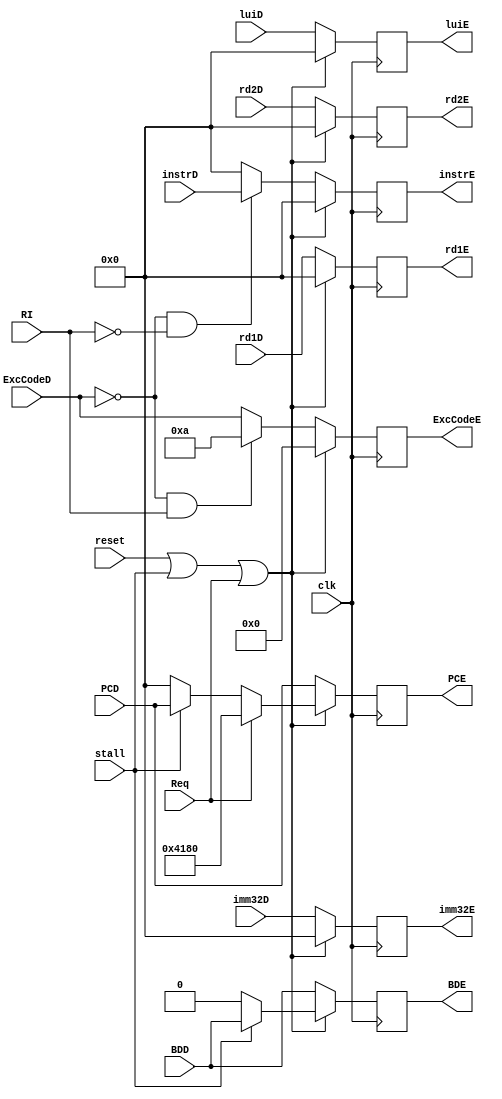
`timescale 1ns / 1ps
//////////////////////////////////////////////////////////////////////////////////
// Company: 
// Engineer: 
// 
// Design Name: 
// Module Name:    E 
// Project Name: 
// Target Devices: 
// Tool versions: 
// Description: 
//
// Dependencies: 
//
// Revision: 
// Revision 0.01 - File Created
// Additional Comments: 
//
//////////////////////////////////////////////////////////////////////////////////
module E(
	input clk,
	input reset,
	input [31:0] rd1D,
	input [31:0] rd2D,
	input [31:0] instrD,
	input [31:0] imm32D,
	input [31:0] PCD,
	input [31:0] luiD,
	input [4:0] ExcCodeD,
	input RI,
	input BDD,
	input Req,
	input stall,
	output reg [31:0] rd1E,
	output reg [31:0] rd2E,
	output reg [31:0] instrE,
	output reg [31:0] imm32E,
	output reg [31:0] PCE,
	output reg [31:0] luiE,
	output reg [4:0] ExcCodeE,
	output reg BDE
    );
	
	always@(posedge clk)begin
		if(reset|stall|Req)begin
			rd1E<=0;
			rd2E<=0;
			instrE<=0;
			imm32E<=0;
			PCE<=(Req)?32'h4180:( (stall) ? PCD : 0 );
			luiE<=0;
			ExcCodeE<=0;
			BDE<=(stall) ? BDD : 0;
		end
		else begin
			rd1E<=rd1D;
			rd2E<=rd2D;
			imm32E<=imm32D;
			PCE<=PCD;
			luiE<=luiD;
			BDE<=BDD;
			if(!ExcCodeD&&!RI) instrE<=instrD;
			else instrE<=0;
			if(!ExcCodeD&&RI) ExcCodeE<=10;
			else ExcCodeE<=ExcCodeD;
			/*
				if(!ExcCodeD&&RI) ExcCodeE<=10;
				else if(!ExcCodeD&&!RI&&tltiu) ExcCodeE<=13;
				else ExcCodeE<=ExcCodeD;
			*/
		end
	end

endmodule